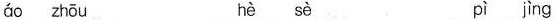
áo zhōu hè sè pì jìng